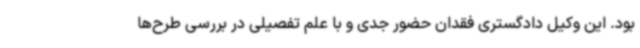
بود. این وکیل دادگستری فقدان حضور جدی و با علم تفصیلی در بررسی طرح‌ها